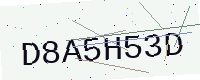
Text: D8A5H53D